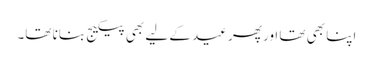
اپنا بھی تھا اور پھر عید کے لیے بھی پیکیج بنانا تھا۔